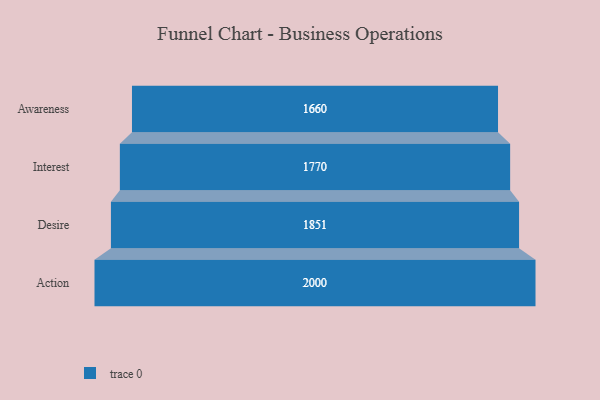
{"axis": {"x": "Stage", "y": "Value"}, "legend": [""], "data": [{"x": "Awareness", "y": 1660.0, "type": ""}, {"x": "Interest", "y": 1770.0, "type": ""}, {"x": "Desire", "y": 1851.0, "type": ""}, {"x": "Action", "y": 2000, "type": ""}]}